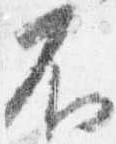
不